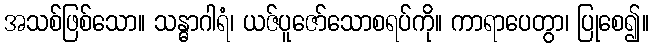
အသစ်ဖြစ်သော။ သန္ဓာဂါရံ၊ ယဇ်ပူဇော်သောစရပ်ကို။ ကာရာပေတွာ၊ ပြုစေ၍။